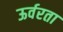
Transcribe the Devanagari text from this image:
ऊर्वरता